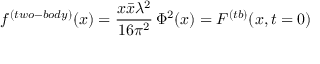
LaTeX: f ^ { ( t w o - b o d y ) } ( x ) = \frac { x \bar { x } \lambda ^ { 2 } } { 1 6 \pi ^ { 2 } } \, \Phi ^ { 2 } ( x ) = { \cal F } ^ { ( t b ) } ( x , t = 0 )